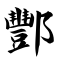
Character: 酆